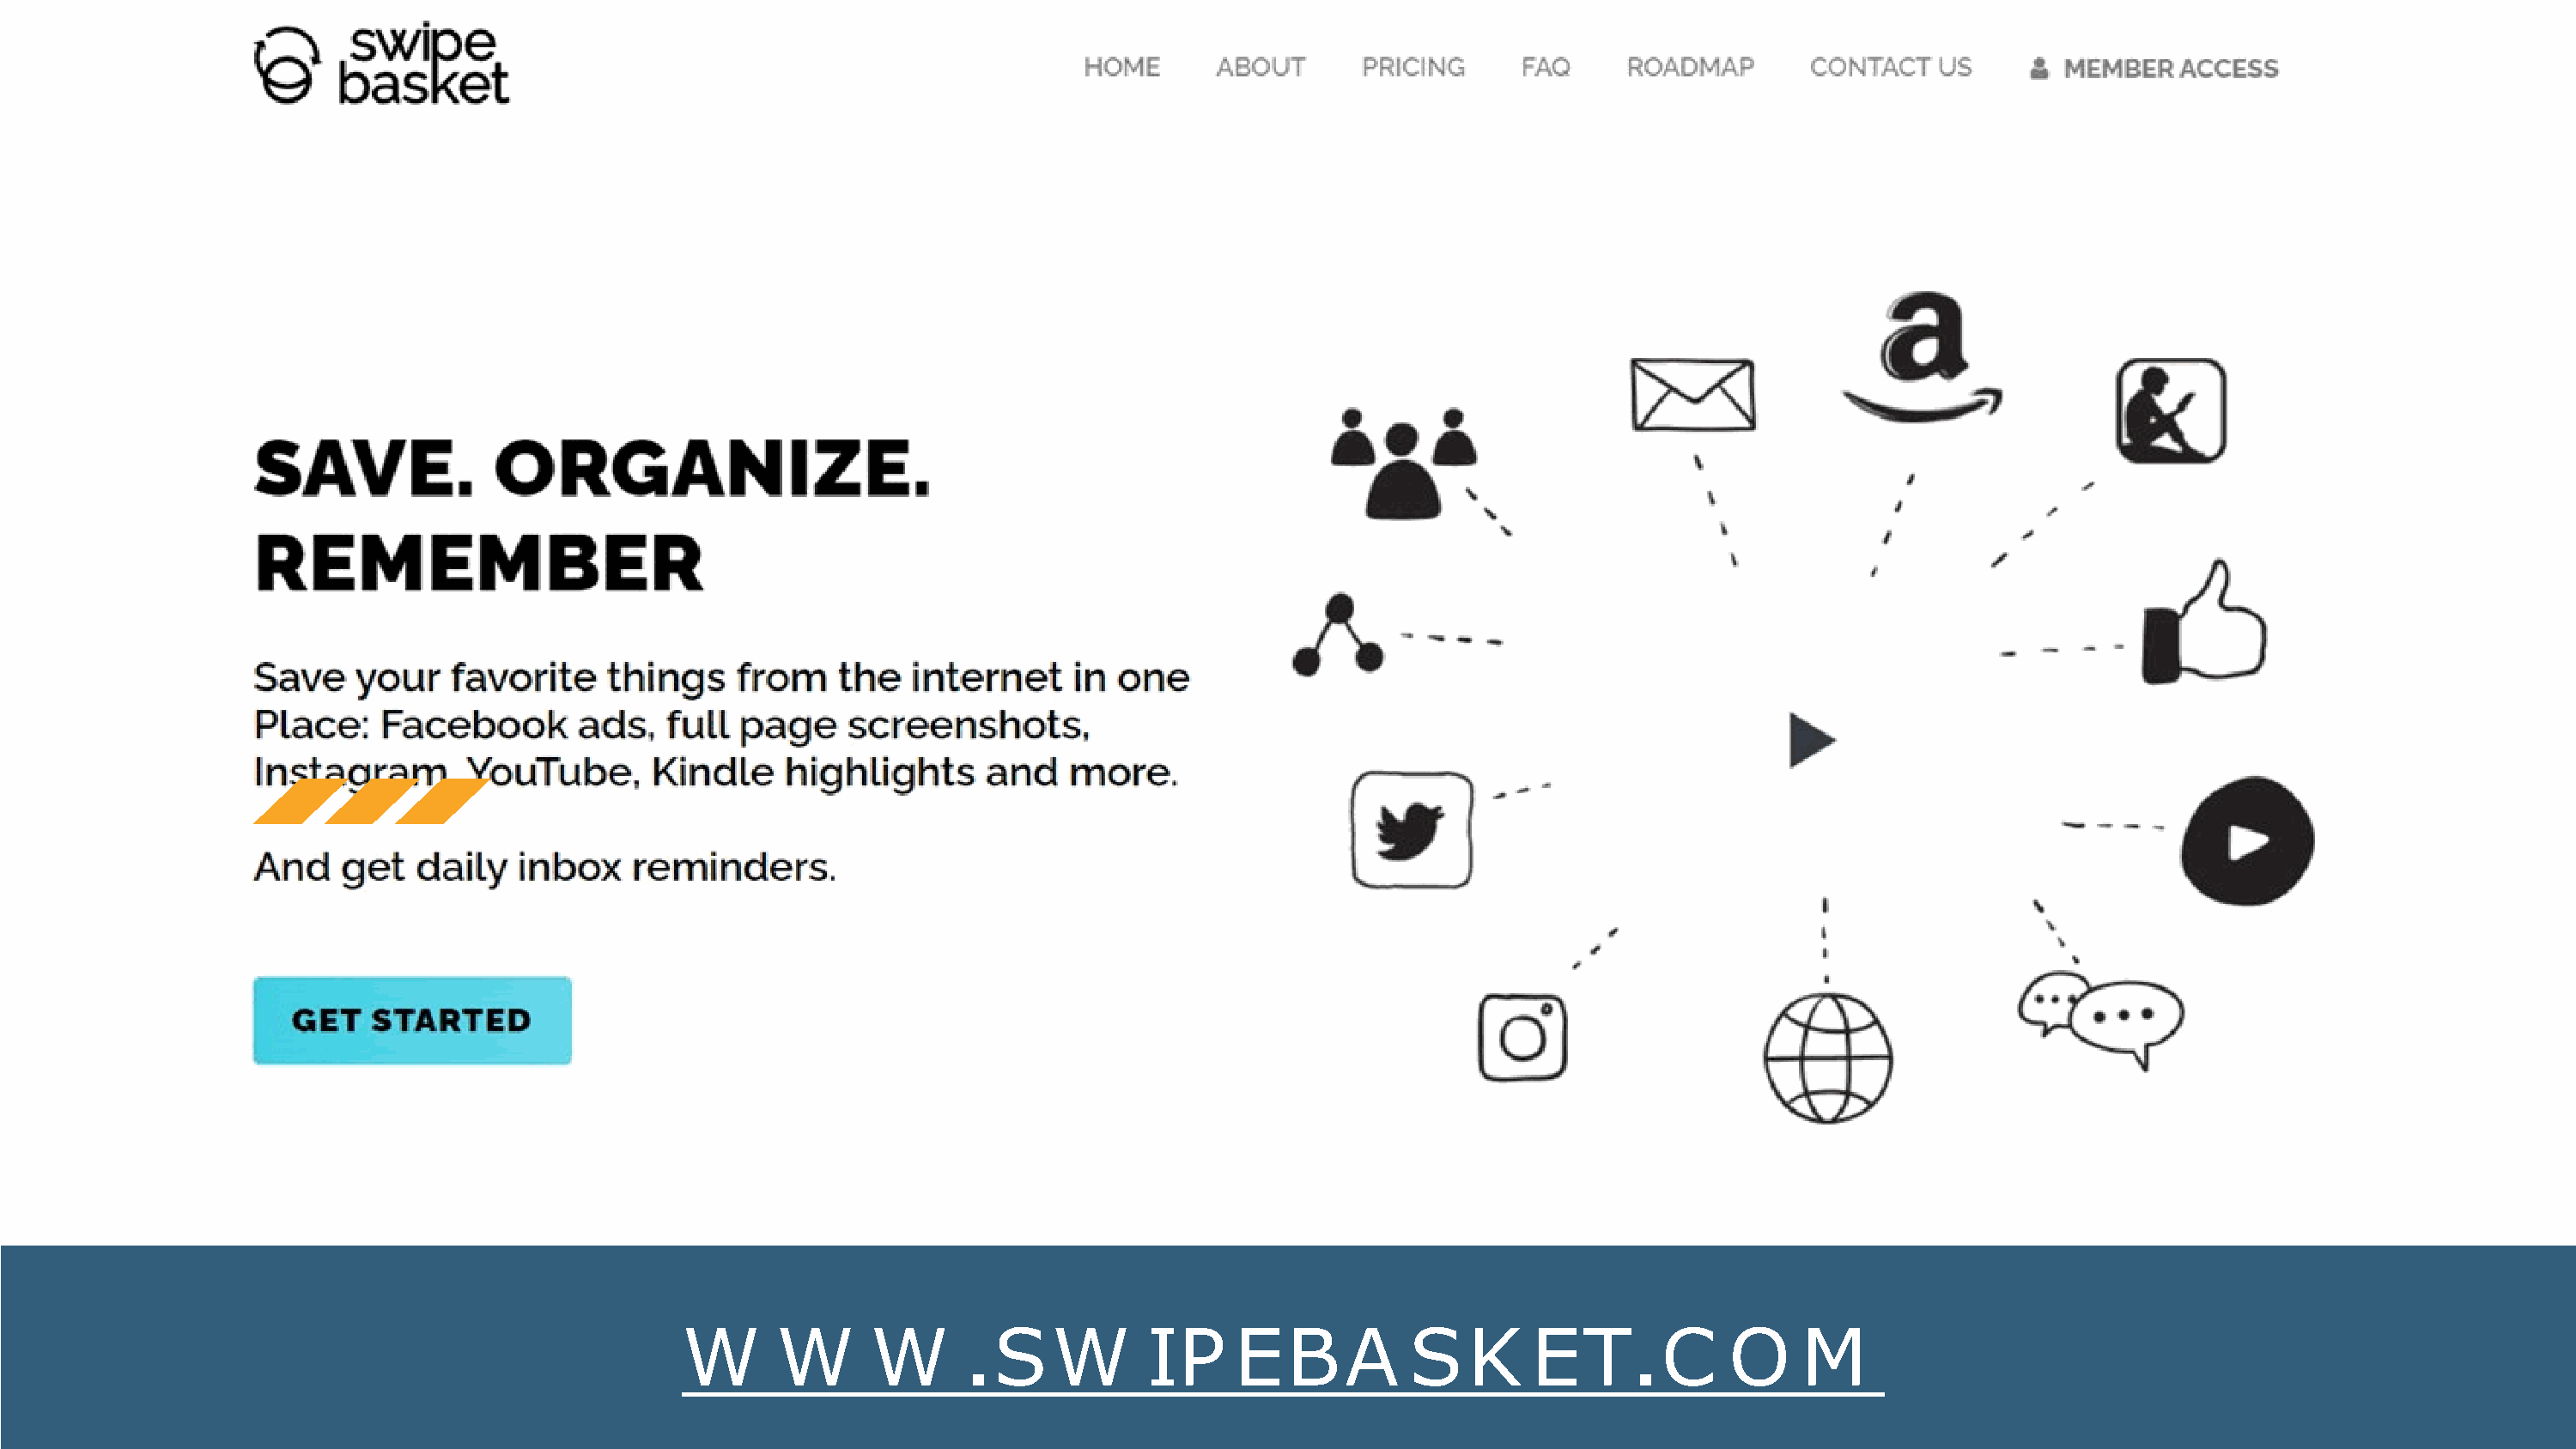
W      W      W         SW         IP     EBA           SK       ET        C    O     M
 .                                                   .